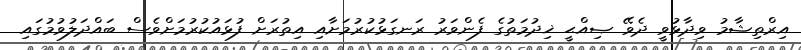
އިރްތިޝާމު ވިދާޅުވީ ދެވޭ ޞިއްޙީ ޚިދުމަތުގެ ފެންވަރު ރަނގަޅުކުރުމަށާއި އިތުރަށް ފުޅައުކުރުމަށްވެސް ބައްދަލުވުމުގައި